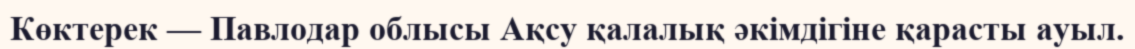
Көктерек — Павлодар облысы Ақсу қалалық әкімдігіне қарасты ауыл.